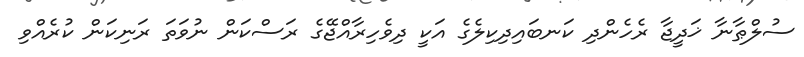
ސުލްޠާނާ ޚަދީޖާ ރެހެންދި ކަނބައިދިކިލެގެ އަކީ ދިވެހިރާއްޖޭގެ ރަސްކަން ނުވަތަ ރަނިކަން ކުރެއްވި